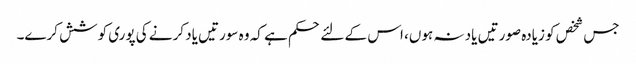
جس شخص کو زیادہ صورتیں یاد نہ ہوں، اس کے لئے حکم ہے کہ وہ سورتیں یاد کرنے کی پوری کوشش کرے۔